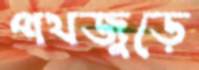
পথজুড়ে